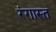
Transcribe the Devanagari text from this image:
रंगास्त